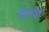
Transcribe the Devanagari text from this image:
अग्निपुत्री